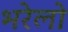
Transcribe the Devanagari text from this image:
भरेलो